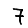
Digit: 7